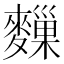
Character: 𪍨